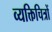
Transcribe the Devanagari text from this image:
व्यक्तिचित्रों